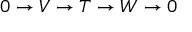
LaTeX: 0 \to V \to T \to W \to 0